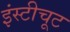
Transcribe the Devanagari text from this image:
इंस्टीचूट